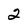
Character: 2